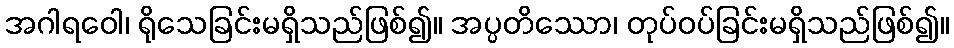
အဂါရဝေါ၊ ရိုသေခြင်းမရှိသည်ဖြစ်၍။ အပ္ပတိဿော၊ တုပ်ဝပ်ခြင်းမရှိသည်ဖြစ်၍။